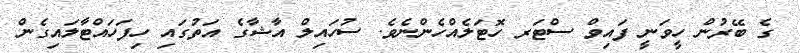
ގެ ބޭރުން ހީވަނީ ފައިވް ސްޓަރ ހޮޓަލެއްހެންނެވެ. ސުހައިލް އާޝާގެ އަތުގައި ހިފަހައްޓާލައިގެން